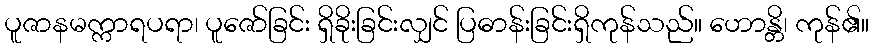
ပူဇာနမက္ကာရပရာ၊ ပူဇော်ခြင်း ရှိခိုးခြင်းလျှင် ပြဓာန်းခြင်းရှိကုန်သည်။ ဟောန္တိ၊ ကုန်၏။